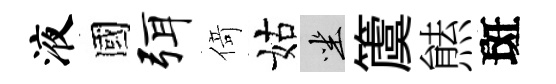
液國弭𠋣姑坐𥵂㷱斑